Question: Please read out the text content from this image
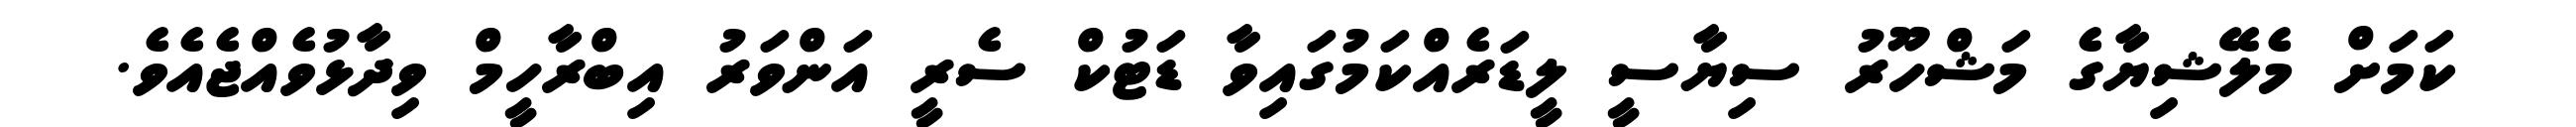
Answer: ކަމަށް މެލޭޝިޔާގެ މަޝްހޫރު ސިޔާސީ ލީޑަރެއްކަމުގައިވާ ޑަޓުކް ސެރީ އަންވަރު އިބްރާހީމް ވިދާޅުވެއްޖެއެވެ.